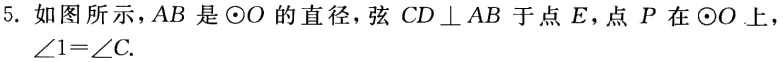
5. 如图所示，$AB$是$\odot O$的直径，弦$CD\perp AB$于点$E$，点$P$在$\odot O$上，$\angle 1 = \angle C$.